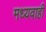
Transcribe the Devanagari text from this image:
मध्यवाही